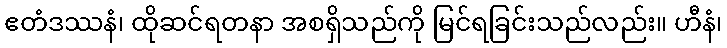
ဧတံဒဿနံ၊ ထိုဆင်ရတနာ အစရှိသည်ကို မြင်ရခြင်းသည်လည်း။ ဟီနံ၊